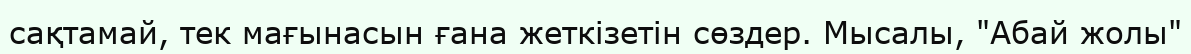
сақтамай, тек мағынасын ғана жеткізетін сөздер. Мысалы, "Абай жолы"